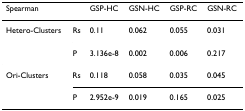
<table><thead><tr><td><b>Spearman</b></td><td></td><td><b>GSP-HC</b></td><td><b>GSN-HC</b></td><td><b>GSP-RC</b></td><td><b>GSN-RC</b></td></tr></thead><tbody><tr><td>Hetero-Clusters</td><td>Rs</td><td>0.11</td><td>0.062</td><td>0.055</td><td>0.031</td></tr><tr><td></td><td>P</td><td>3.136e-8</td><td>0.002</td><td>0.006</td><td>0.217</td></tr><tr><td>Ori-Clusters</td><td>Rs</td><td>0.118</td><td>0.058</td><td>0.035</td><td>0.045</td></tr><tr><td></td><td>P</td><td>2.952e-9</td><td>0.019</td><td>0.165</td><td>0.025</td></tr></tbody></table>